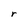
Character: r